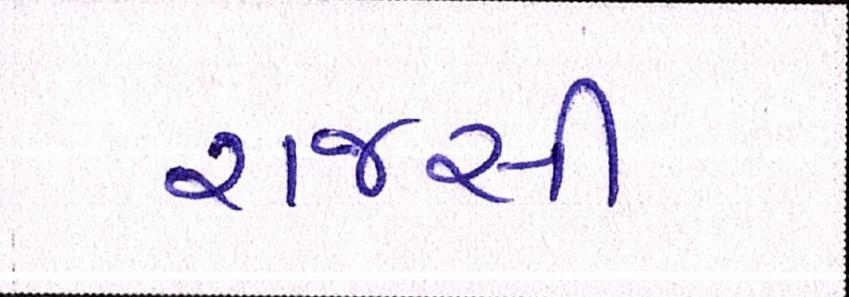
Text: રાજસી